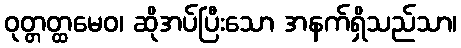
ဝုတ္တတ္ထမေဝ၊ ဆိုအပ်ပြီးသော အနက်ရှိသည်သာ၊